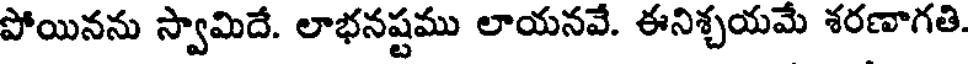
పోయినను స్వామిదే. లాభనష్టము లాయనవే. ఈనిశ్చయమే శరణాగతి.